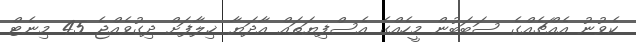
ކެވުނު އެއްޗެއްގެ ސަބަބުން މީހެއްގެ އެސްފިޔަތައް އާދަޔާ ޚިލާފަށް ދިގުވެއްޖެ 45 މިނެޓް